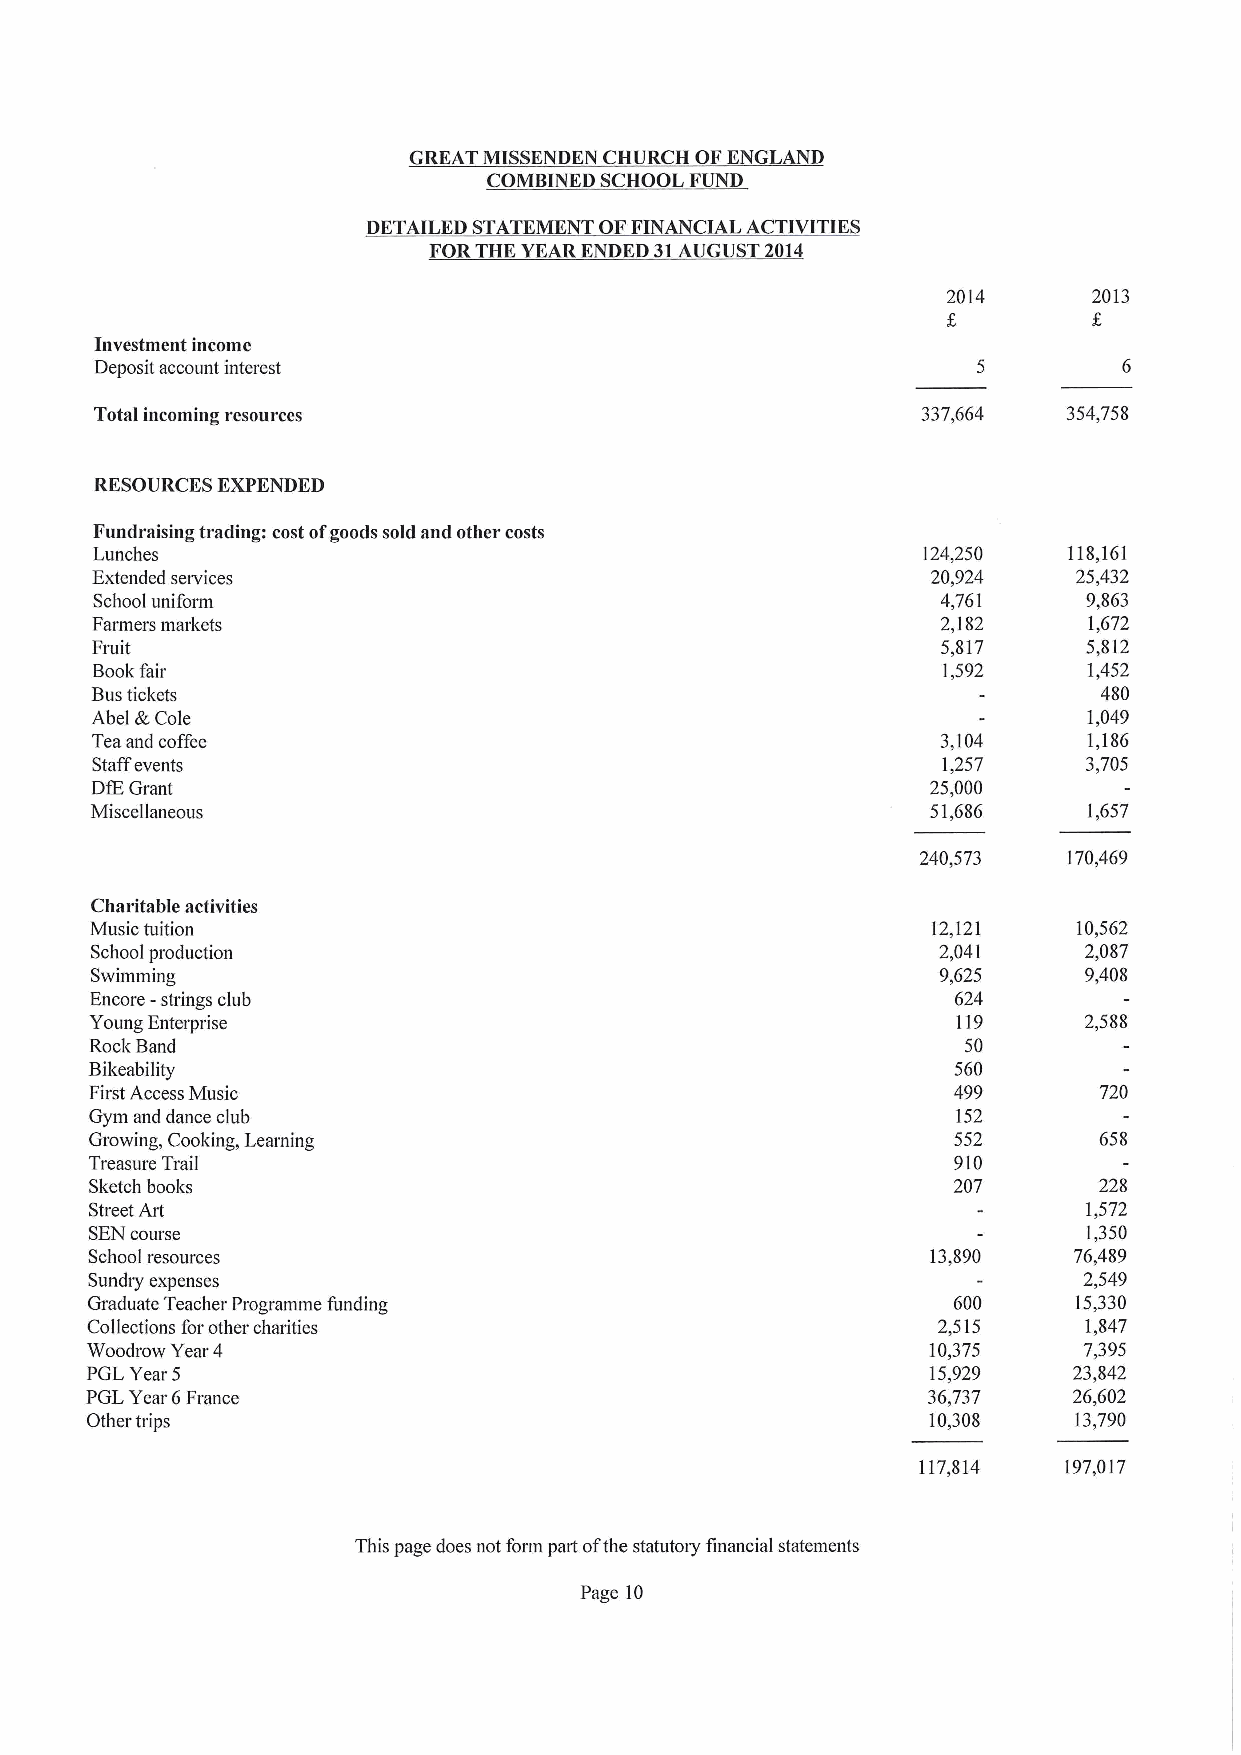
GREAT MISSENDKN CHURCH OFENGLAND
 COMBINED SCHOOL FUND
 DETAILED STATEMENT OFFINANCIAL ACTIVITIES
 FORTHE YEARENDED 31AUGUST 2014
 2014     2013
 Investment income
 Deposit account interest
 Total incoming resources                               337,664   354,758
 RESOURCES EXPENDED
 Fundraising trading: cost ofgoods sold and other costs
 Lunches                                                124,250   118,161
 Extended services                                       20,924   25,432
 School uniform                                          4,761     9,863
 Farmers markets                                         2,182     1,672
 Fruit                                                   5,817     5,812
 Bookfair                                                1,592     1,452
 Bustickets                                                         480
 Abel &Cole                                                        1,049
 Teaand coffee                                           3,104     1,186
 Staffevents                                             1,257     3,705
 DfEGrant                                                25,000
 Miscellaneous                                           51,686    1,657
 240,573   170,469
 Charitable activities
 Music tuition                                           12,121   10,562
 School production                                       2,041     2,087
 Swimming                                                9,625     9,408
 Encore - strings club                                    624
 Young Enterprise                                         119      2,588
 RockBand                                                  50
 Bikeability                                              560
 First Access Music                                       499       720
 Gym and dance club                                       152
 Growing, Cooking, Learning                               552       658
 Treasure Trail                                           910
 Sketch books                                             207       228
 Street Art                                                        1,572
 SENcourse                                                         1,350
 School resources                                        13,890   76,489
 Sundry expenses                                                   2,549
 Graduate Teacher Programme funding                       600     15,330
 Collections for other charities                         2,515     1,847
 Woodrow Year 4                                          10,375    7,395
 PGLYear 5                                               15,929   23,842
 PGLYear 6France                                        36,737    26,602
 Other trips                                             10,308   13,790
 117,814  197,017
 This page does not form part ofthe statutory financial statements
 Page 10